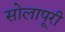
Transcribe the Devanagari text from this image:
सोलापूरी